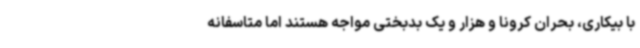
با بیکاری، بحران کرونا و هزار و یک بدبختی مواجه هستند اما متاسفانه